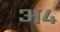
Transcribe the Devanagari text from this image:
अ४